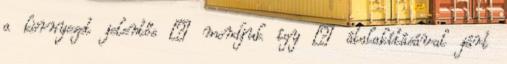
a környezet jelentős – mondjuk így – átalakításával járt